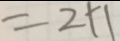
= 2 + 1